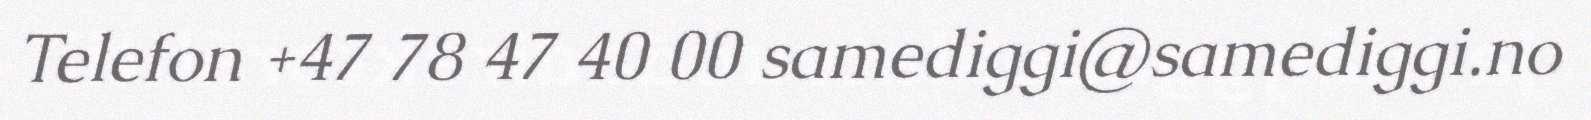
Telefon +47 78 47 40 00 samediggi@samediggi.no